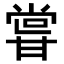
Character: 𭺮